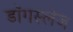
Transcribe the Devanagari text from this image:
डॉगस्लेज